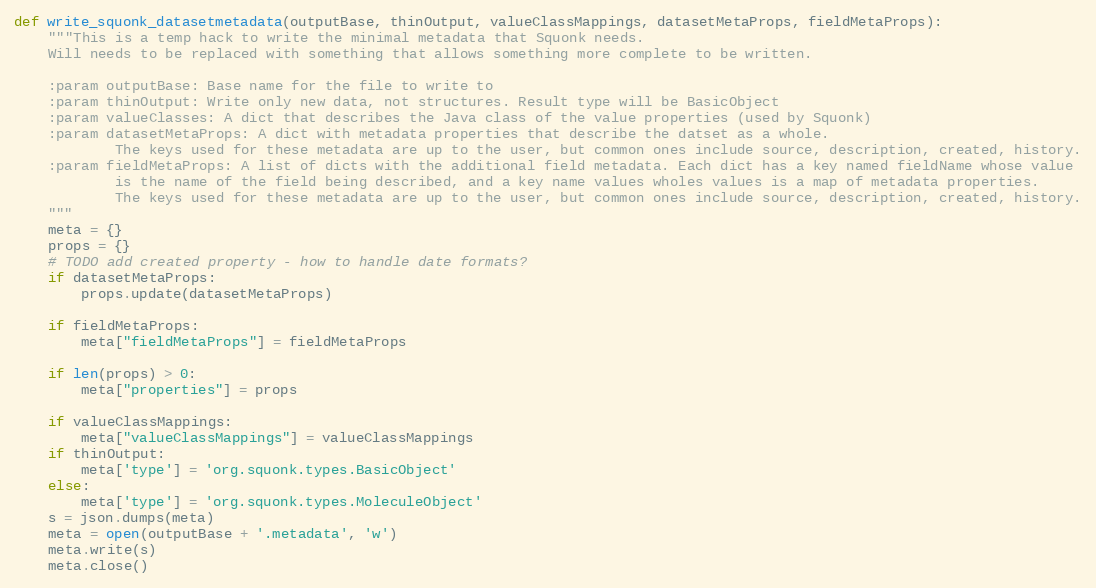
Language: Python
def write_squonk_datasetmetadata(outputBase, thinOutput, valueClassMappings, datasetMetaProps, fieldMetaProps):
    """This is a temp hack to write the minimal metadata that Squonk needs.
    Will needs to be replaced with something that allows something more complete to be written.

    :param outputBase: Base name for the file to write to
    :param thinOutput: Write only new data, not structures. Result type will be BasicObject
    :param valueClasses: A dict that describes the Java class of the value properties (used by Squonk)
    :param datasetMetaProps: A dict with metadata properties that describe the datset as a whole.
            The keys used for these metadata are up to the user, but common ones include source, description, created, history.
    :param fieldMetaProps: A list of dicts with the additional field metadata. Each dict has a key named fieldName whose value
            is the name of the field being described, and a key name values wholes values is a map of metadata properties.
            The keys used for these metadata are up to the user, but common ones include source, description, created, history.
    """
    meta = {}
    props = {}
    # TODO add created property - how to handle date formats?
    if datasetMetaProps:
        props.update(datasetMetaProps)

    if fieldMetaProps:
        meta["fieldMetaProps"] = fieldMetaProps

    if len(props) > 0:
        meta["properties"] = props

    if valueClassMappings:
        meta["valueClassMappings"] = valueClassMappings
    if thinOutput:
        meta['type'] = 'org.squonk.types.BasicObject'
    else:
        meta['type'] = 'org.squonk.types.MoleculeObject'
    s = json.dumps(meta)
    meta = open(outputBase + '.metadata', 'w')
    meta.write(s)
    meta.close()